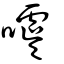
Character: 噳